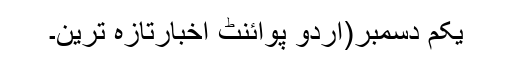
یکم دسمبر(اُردو پوائنٹ اخبارتازہ ترین۔